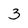
Character: 3